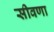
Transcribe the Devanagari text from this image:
सीवणा